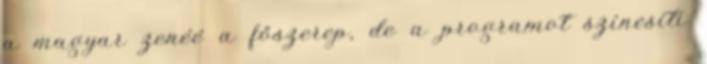
a magyar zenéé a főszerep, de a programot színesíti